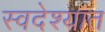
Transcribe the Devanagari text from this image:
स्वदेश्यात